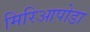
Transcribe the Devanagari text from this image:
मिरिआपोडा